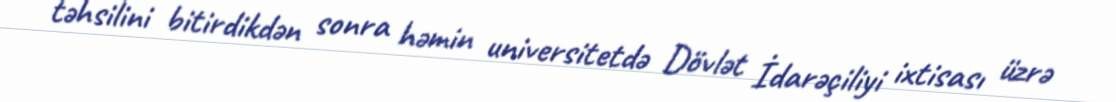
təhsilini bitirdikdən sonra həmin universitetdə Dövlət İdarəçiliyi ixtisası üzrə